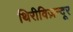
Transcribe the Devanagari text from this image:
थिरीविज़न्दूर